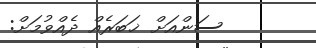
ސަންއަށް ޚަބަރެއް ދެއްވުމަށް: